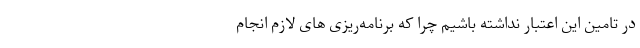
در تامین این اعتبار نداشته باشیم چرا که برنامه‌ریزی های لازم انجام